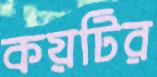
কয়টির